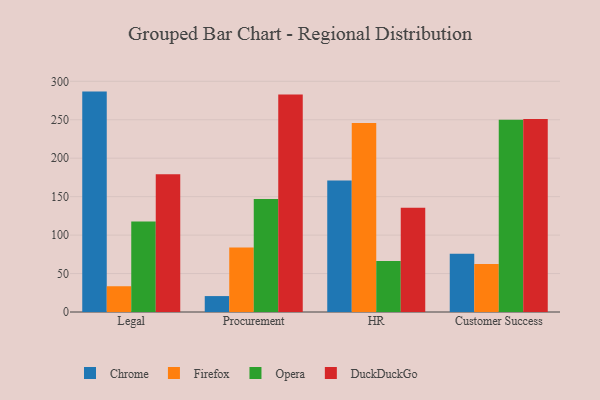
{"axis": {"x": "Department", "y": "Temperature (°C)"}, "legend": ["Chrome", "DuckDuckGo", "Firefox", "Opera"], "data": [{"x": "Legal", "y": 286.6, "type": "Chrome"}, {"x": "Legal", "y": 33.5, "type": "Firefox"}, {"x": "Legal", "y": 117.7, "type": "Opera"}, {"x": "Legal", "y": 179.0, "type": "DuckDuckGo"}, {"x": "Procurement", "y": 20.7, "type": "Chrome"}, {"x": "Procurement", "y": 83.9, "type": "Firefox"}, {"x": "Procurement", "y": 146.9, "type": "Opera"}, {"x": "Procurement", "y": 282.7, "type": "DuckDuckGo"}, {"x": "HR", "y": 171.0, "type": "Chrome"}, {"x": "HR", "y": 245.9, "type": "Firefox"}, {"x": "HR", "y": 66.2, "type": "Opera"}, {"x": "HR", "y": 135.7, "type": "DuckDuckGo"}, {"x": "Customer Success", "y": 75.8, "type": "Chrome"}, {"x": "Customer Success", "y": 62.4, "type": "Firefox"}, {"x": "Customer Success", "y": 250.1, "type": "Opera"}, {"x": "Customer Success", "y": 251.0, "type": "DuckDuckGo"}]}